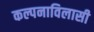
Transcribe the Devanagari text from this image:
कल्पनाविलासी